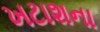
ખટાશના